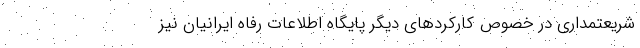
شریعتمداری در خصوص کارکردهای دیگر پایگاه اطلاعات رفاه ایرانیان نیز